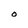
Character: O